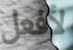
لأفعل